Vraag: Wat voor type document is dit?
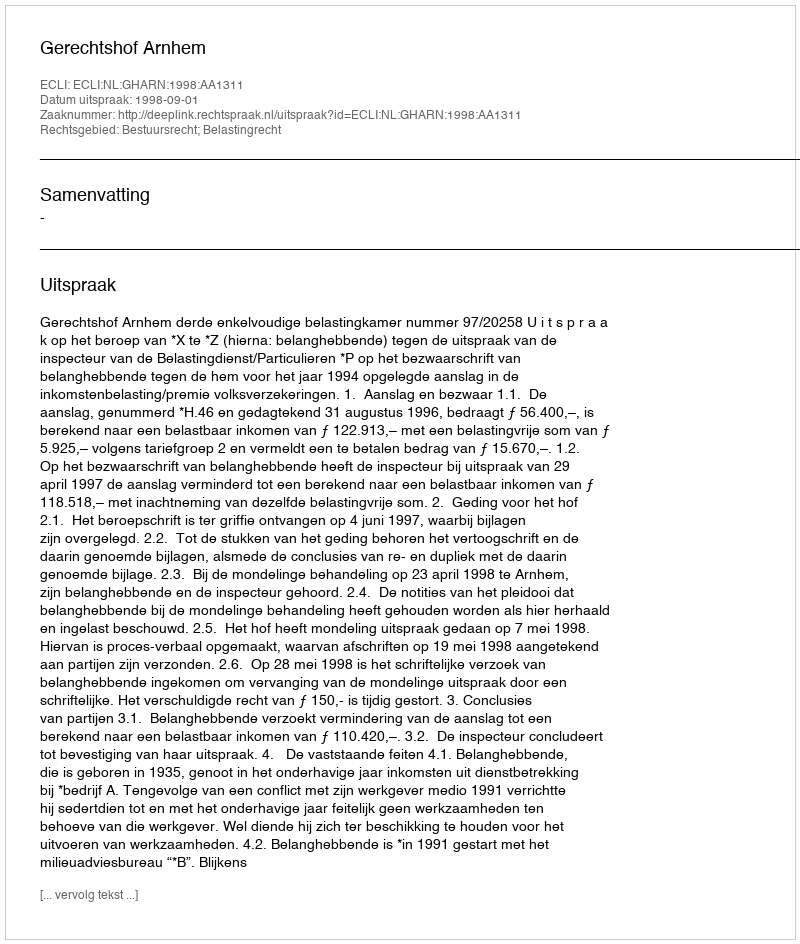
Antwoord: Uitspraak